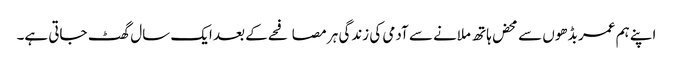
اپنے ہم عمر بڈھوں سے محض ہاتھ ملانے سے آدمی کی زندگی ہر مصافحے کے بعد ایک سال گھٹ جاتی ہے۔